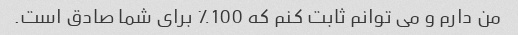
من دارم و می توانم ثابت کنم که 100٪ برای شما صادق است.